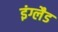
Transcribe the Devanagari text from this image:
इंग्लैड